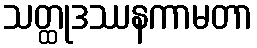
သတ္ထုဒဿနကာမတာ